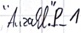
Text: "Anzahl".P_1